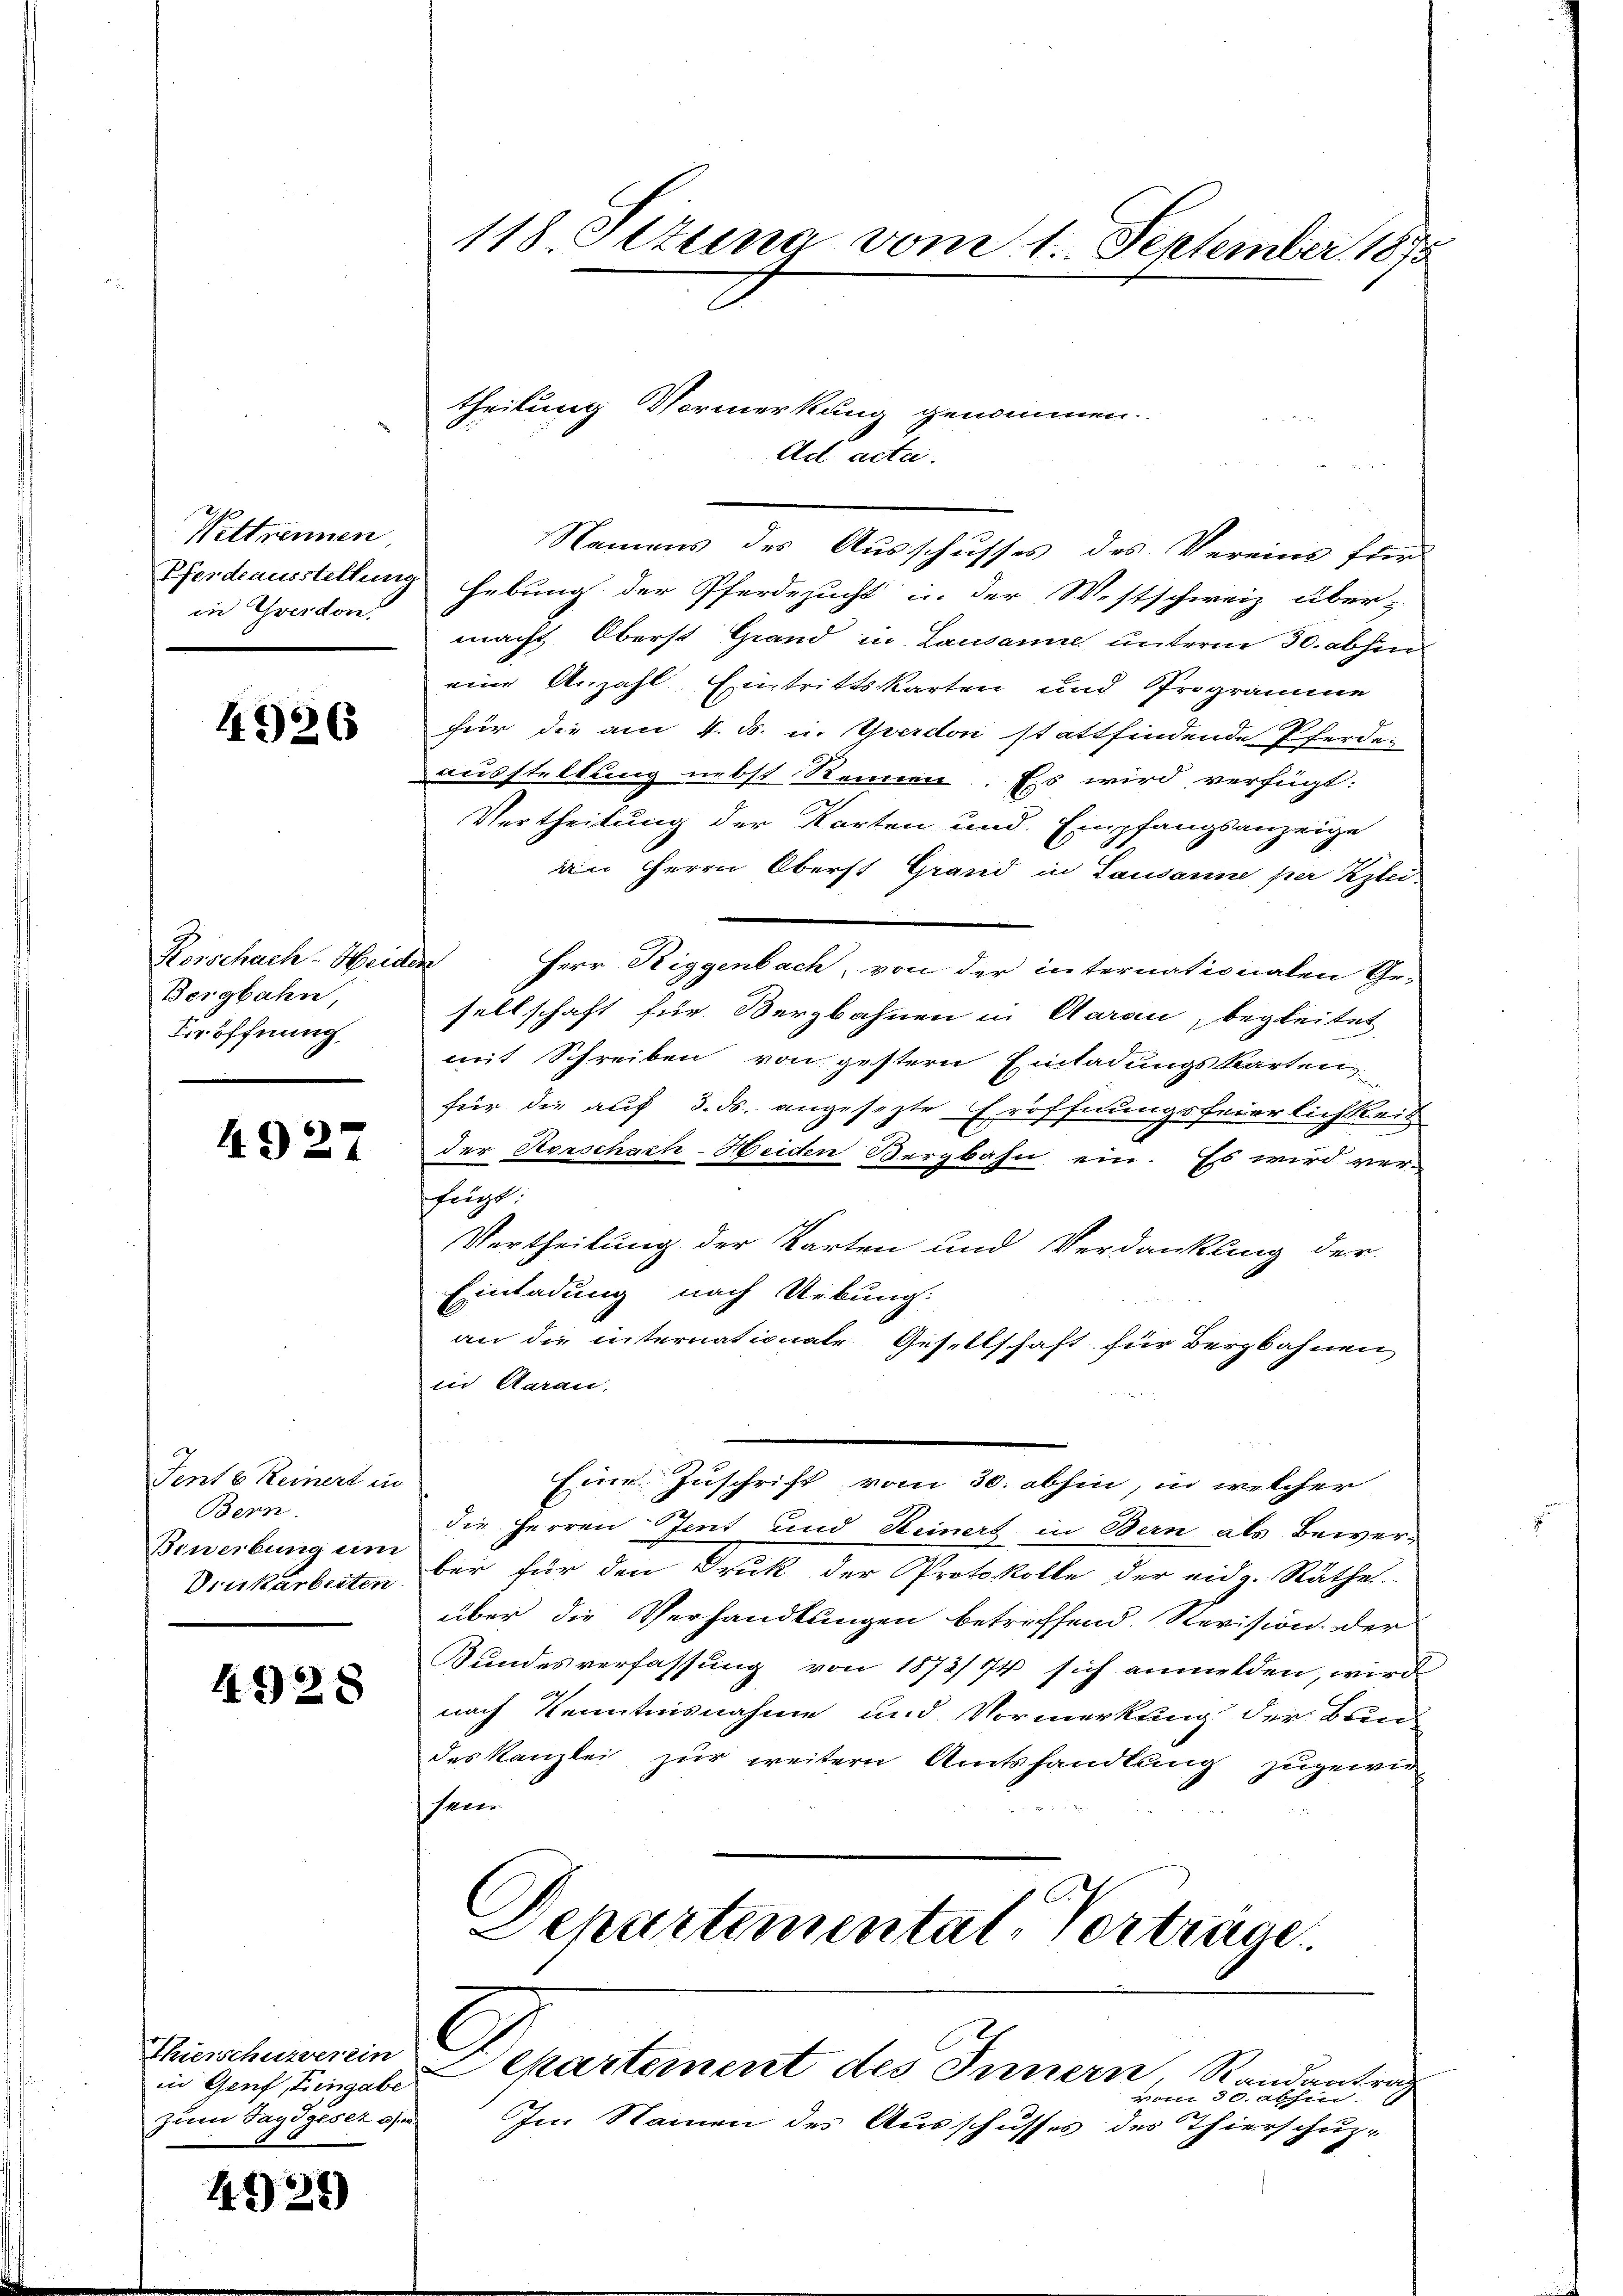
Wettnennen
in Treidon

4926

Rorschach-Heiden
Bergbahn,
Eröffnung,

4927

Fent b. Keinert in
Bern.
Bewerbung um

4928

Thierschulverein
in Genf, Eingabe
zum Jagdgeser Oser.

1321)

Pferdeausstellung hebung der Pferdezucht in der Westschweiz über-
macht Oberst Grand in Lausanne unterm 30. abhin
eine Anzahl Eintrittskarten und Programme
für die am 4. ds. u. Verdon stattfindende Pferdeausstellung nebst Reinen. Es wird verfügt:
Vertheilung der Karten und Empfangsanzeige
am Herrn Oberst Grand in Lausanne per Kzlei-
Herr Riggenbach, von der internationalen Ge-
sellschaft für Bergbahnen in Aarau, begleitet
mit Schreiben von gestern Einladungskarten
für die auf 3. ds. angesezte Eröffnungsfeierlichkeit
der Herschach-Heiden Bergbahn ein. Es wird ver-
fügt:
Vertheilung der Karten und Verdankung der
Einladung nach Urkung:
an die internationale Gesellschaft für Bergbahnen
in Aarau,
Eine Zuschrift vom 30. abhin, in welcher
die Herren Stent und Keinert in Bern als Bewer¬
Druckarbeiten für für den Druck der Protokolle der eidg. Räthes
über die Verhandlungen betreffend Revision der
Kundesverfassung von 1873/74 sich anmelden, wird
nach Kenntnisnahme und Vormerkung der Bundes Kanzlei zur weitern Amtshandlung zugewie
feier
Departementat. Vortrage

118 Stzung vom 1. September 1875

theilung Vormerkung genommen.

Ad acta.

a. Ferien der

Departement des Innern, Randantrag

vom 30. abhin.
Im Namen des Ausschusses des Thierschuz-
e